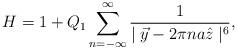
LaTeX: \begin{align*}H = 1 + Q_1 \sum_{n = -\infty}^\infty \frac{1}{\mid \vec{y} - 2\pi n a \hat{z}\mid^6},\end{align*}